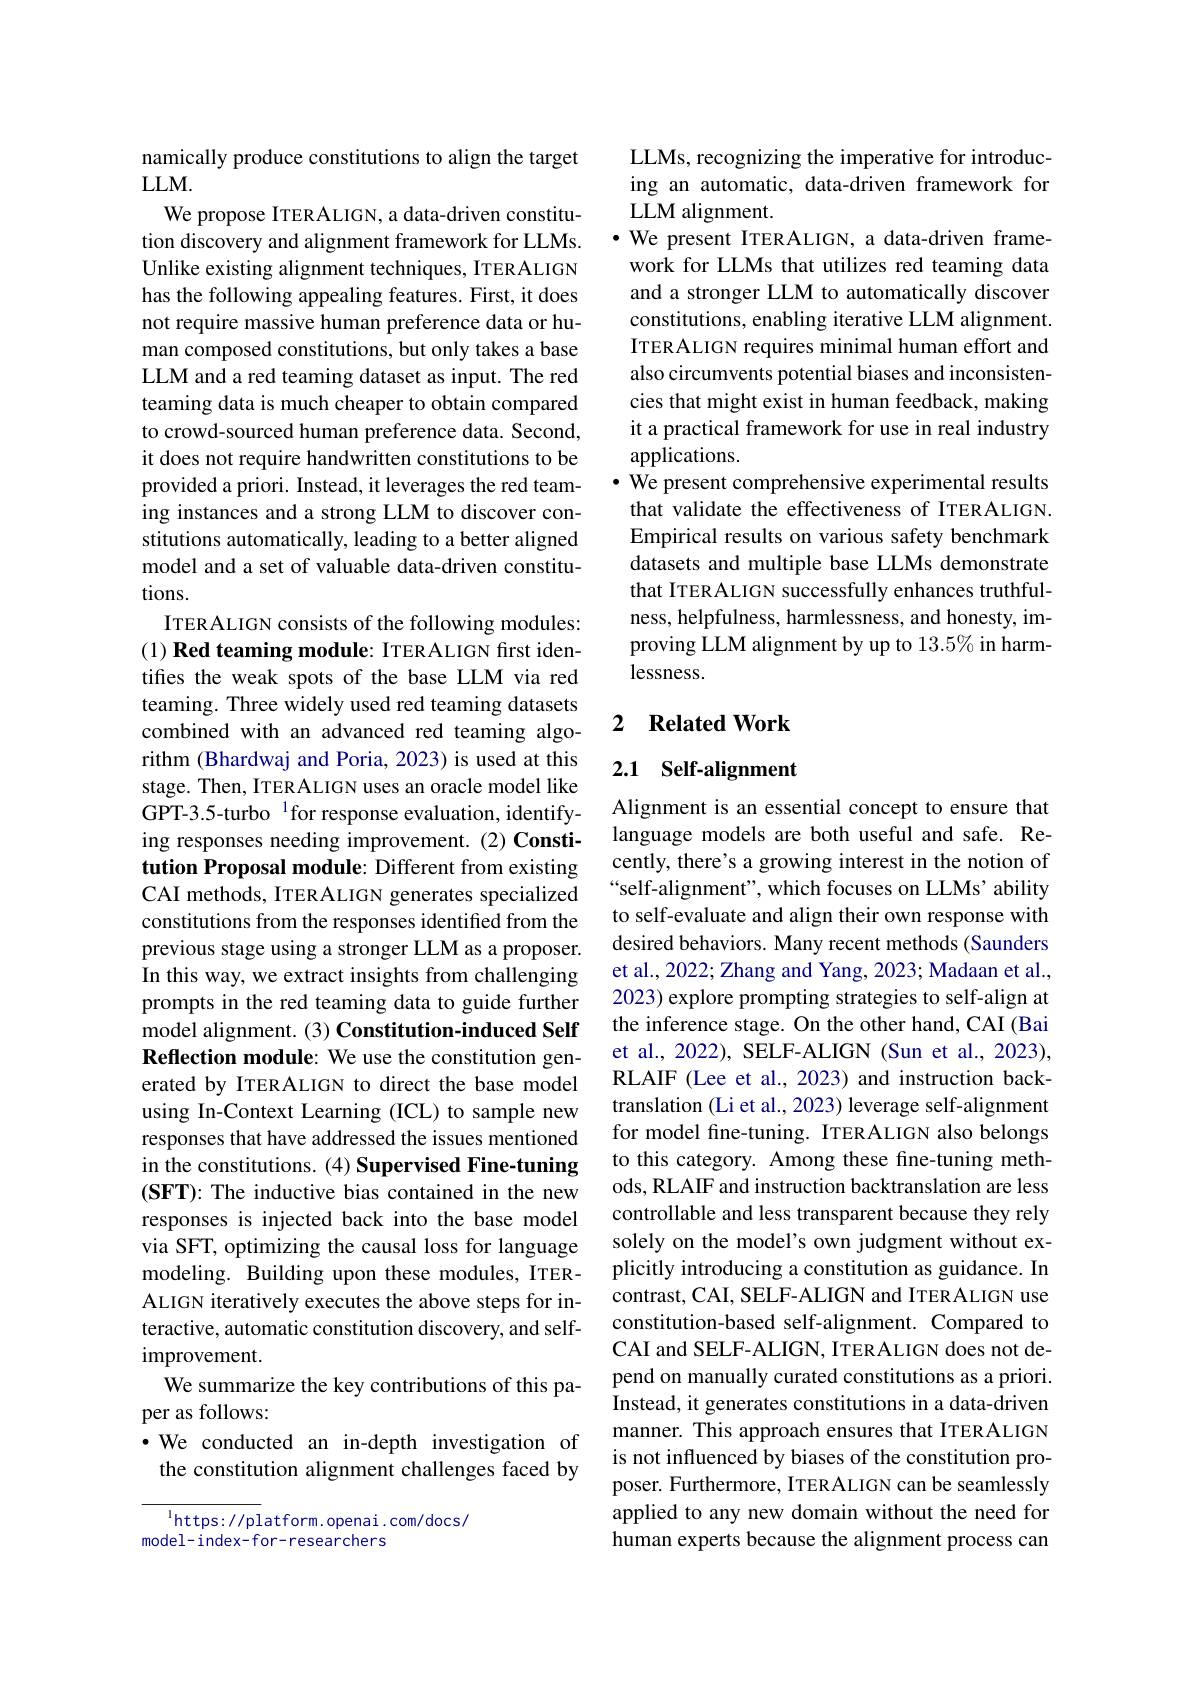
namically produce constitutions to align the target
### $LLM.$

We propose ITERALIGN, a data-driven constitution discovery and alignment framework for LLMs. Unlike existing alignment techniques, ITERALIGN has the following appealing features. First, it does not require massive human preference data or human composed constitutions, but only takes a base LLM and a red teaming dataset as input. The red teaming data is much cheaper to obtain compared to crowd-sourced human preference data. Second, it does not require handwritten constitutions to be provided a priori. Instead, it leverages the red teaming instances and a strong LLM to discover constitutions automatically, leading to a better aligned model and a set of valuable data-driven constitutions.
ITERALIGN consists of the following modules: (1) Red teaming module: ITERALIGN first identifes the weak spots of the base LLM via red teaming. Three widely used red teaming datasets combined with an advanced red teaming algorithm (Bhardwaj and Poria, 2023) is used at this stage. Then, ITERALIGN uses an oracle model like GPT-3.5-turbo $^{1}$for response evaluation, identifying responses needing improvement.(2) Constitution Proposal module: Different from existing CAI methods, ITERALIGN generates specialized constitutions from the responses identified from the previous stage using a stronger LLM as a proposer. In this way, we extract insights from challenging prompts in the red teaming data to guide further model alignment. (3) Constitution-induced Self Reflection module: We use the constitution generated by ITERALIGN to direct the base model using In-Context Learning (ICL) to sample new responses that have addressed the issues mentioned in the constitutions. (4) Supervised Fine-tuning $(\mathbf{SFT}){:}$ The inductive bias contained in the new responses is injected back into the base model via SFT, optimizing the causal loss for language modeling. Building upon these modules, ITERALIGN iteratively executes the above steps for interactive, automatic constitution discovery, and selfimprovement.
We summarize the key contributions of this pa-
per as follows:
·We conducted an in-depth investigation of the constitution alignment challenges faced by

$^{\mathrm{l}}$https://platform.openai.com/docs/
model-index-for-researchers

LLMs, recognizing the imperative for introducing an automatic, data-driven framework for LLM alignment.
$\bullet$ We present ITERALIGN, a data-driven framework for LLMs that utilizes red teaming data and a stronger LLM to automatically discover constitutions, enabling iterative LLM alignment. ITERALIGN requires minimal human effort and also circumvents potential biases and inconsistencies that might exist in human feedback, making it a practical framework for use in real industry applications.
$\bullet$ We present comprehensive experimental results
that validate the effectiveness of ITERALIGN. Empirical results on various safety benchmark datasets and multiple base LLMs demonstrate that ITERALIGN successfully enhances truthfulness, helpfulness, harmlessness, and honesty, improving LLM alignment by up to 13.5% in harmlessness.

### 2 $\textbf{Related Work}$

## 2.1 Self-alignment

Alignment is an essential concept to ensure that language models are both useful and safe. Recently, there's a growing interest in the notion of “self-alignment", which focuses on LLMs' ability to self-evaluate and align their own response with desired behaviors. Many recent methods (Saunders et al., 2022; Zhang and Yang, 2023; Madaan et al., 2023) explore prompting strategies to self-align at the inference stage. On the other hand, CAI (Bai et al., 2022), SELF-ALIGN (Sun et al., 2023), RLAIF (Lee et al., 2023) and instruction backtranslation (Li et al., 2023) leverage self-alignment for model fine-tuning. ITERALIGN also belongs to this category. Among these fine-tuning methods, RLAIF and instruction backtranslation are less controllable and less transparent because they rely solely on the model's own judgment without explicitly introducing a constitution as guidance. In contrast, CAI, SELF-ALIGN and ITERALIGN use constitution-based self-alignment. Compared to CAI and SELF-ALIGN, ITERALIGN does not depend on manually curated constitutions as a priori. Instead, it generates constitutions in a data-driven manner. This approach ensures that ITERALIGN is not influenced by biases of the constitution proposer. Furthermore, ITERALIGN can be seamlessly applied to any new domain without the need for human experts because the alignment process can